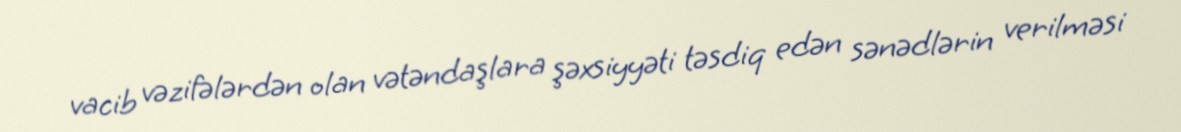
vacib vəzifələrdən olan vətəndaşlara şəxsiyyəti təsdiq edən sənədlərin verilməsi